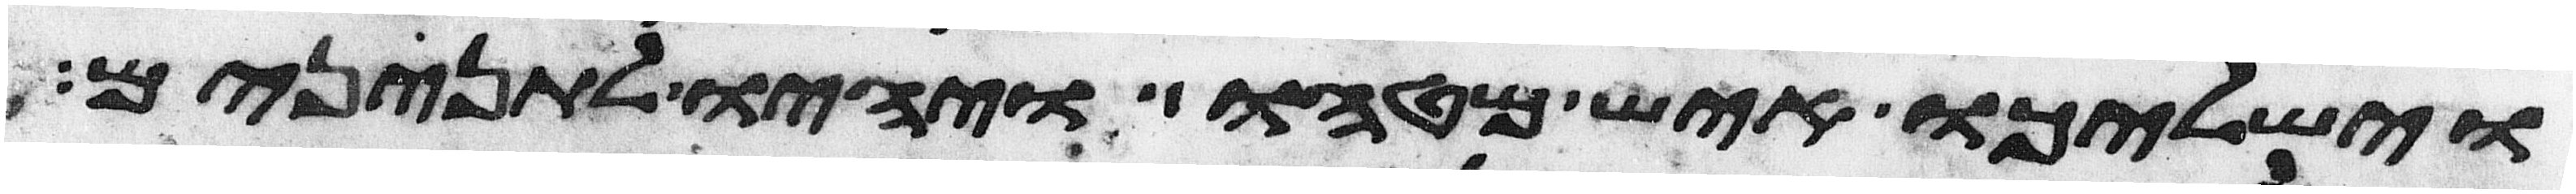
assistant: וישלכו איש מטהו ויהיו לתנינים